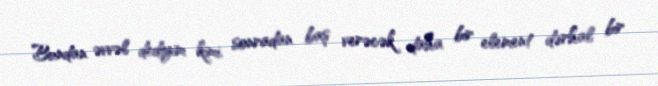
Bundan əvvəl dediyim kimi, sonradan baş verəcək daha bir element dərhal bir